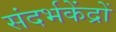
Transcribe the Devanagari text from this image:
संदर्भकेंद्रों